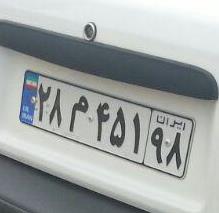
۲۸م۴۵۱۹۸